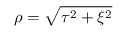
\rho = \sqrt { \tau ^ { 2 } + \xi ^ { 2 } }